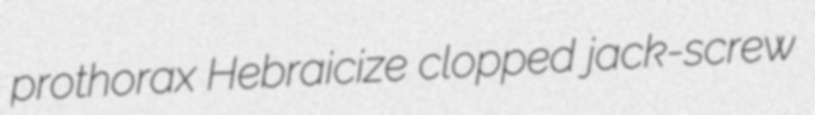
prothorax Hebraicize clopped jack-screw